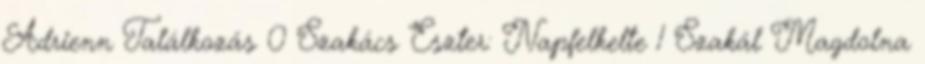
Adrienn Találkozás 0 Szakács Eszter: Napfelkelte 1 Szakál Magdolna